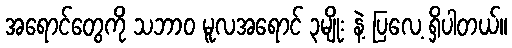
အရောင်တွေကို သဘာ၀ မူလအရောင် ၃မျိုး နဲ့ ပြလေ့ ရှိပါတယ်။